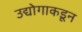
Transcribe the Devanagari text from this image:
उद्योगाकडून